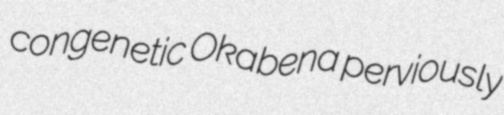
congenetic Okabena perviously